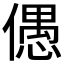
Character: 𠏋